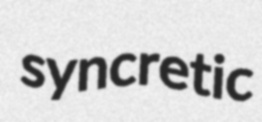
syncretic